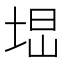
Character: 𡌕